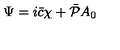
\Psi = i \bar { c } \chi + \bar { \cal P } A _ { 0 }